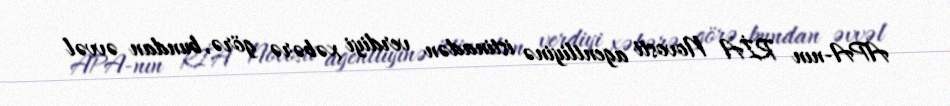
APA-nın RİA Novosti agentliyinə istinadən verdiyi xəbərə görə, bundan əvvəl